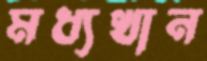
মধ্যখান